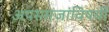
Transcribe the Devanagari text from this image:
अपसमजांविषयी